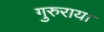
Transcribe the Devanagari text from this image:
गुरुराया